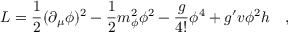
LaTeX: { \cal L } = { \frac { 1 } { 2 } } ( \partial _ { \mu } \phi ) ^ { 2 } - { \frac { 1 } { 2 } } m _ { \phi } ^ { 2 } \phi ^ { 2 } - { \frac { g } { 4 ! } } \phi ^ { 4 } + g ^ { \prime } v \phi ^ { 2 } h \quad ,